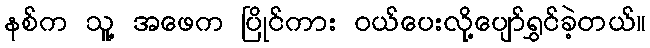
နစ်က သူ့ အဖေက ပြိုင်ကား ဝယ်ပေးလို့ပျော်ရွှင်ခဲ့တယ်။